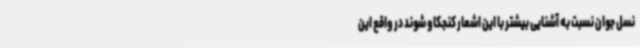
نسل جوان نسبت به آشنایی بیشتر با این اشعار کنجکاو شوند در واقع این